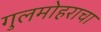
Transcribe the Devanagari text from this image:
गुलमोहराचा